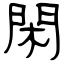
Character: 閑